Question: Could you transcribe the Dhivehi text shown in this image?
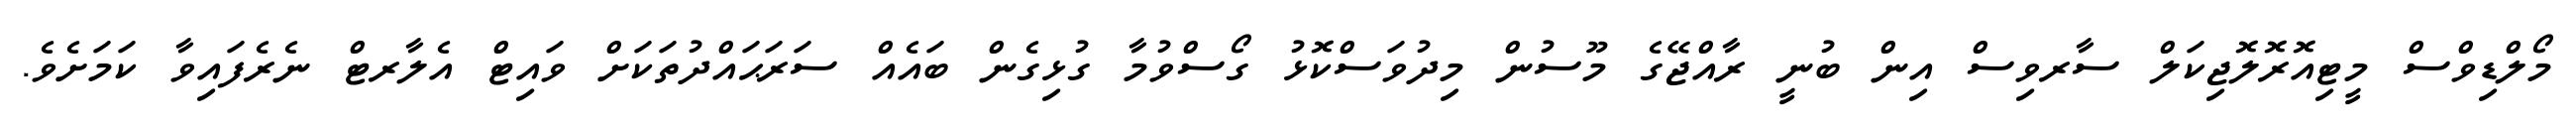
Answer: މޯލްޑިވްސް މީޓިއޮރޮލޮޖިކަލް ސާރވިސް އިން ބުނީ ރާއްޖޭގެ މޫސުން މިދުވަސްކޮޅު ގޯސްވުމާ ގުޅިގެން ބައެއް ސަރަޙައްދުތަކަށް ވައިޓް އެލާރޓް ނެރެފައިވާ ކަމަށެވެ.